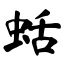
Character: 蛞